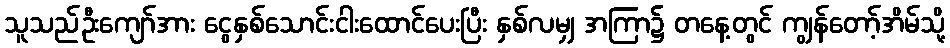
သူသည်ဦးကျော်အား ငွေနှစ်သောင်းငါးထောင်ပေးပြီး နှစ်လမျှ အကြာ၌ တနေ့တွင် ကျွန်တော့်အိမ်သို့